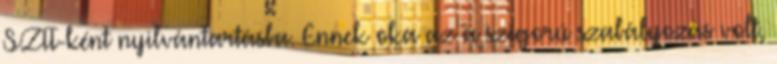
SZIT-ként nyilvántartásba. Ennek oka az a szigorú szabályozás volt,